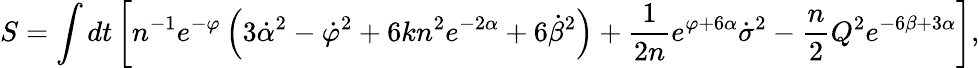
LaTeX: S=\int dt\left[n^{-1}e^{-\varphi}\left(3\dot{\alpha}^{2}-\dot{\varphi}^{2}+6kn^{2}e^{-2\alpha}+6\dot{\beta}^{2}\right)+\frac{1}{2n}e^{\varphi+6\alpha}\dot{\sigma}^{2}-\frac{n}{2}Q^{2}e^{-6\beta+3\alpha}\right],